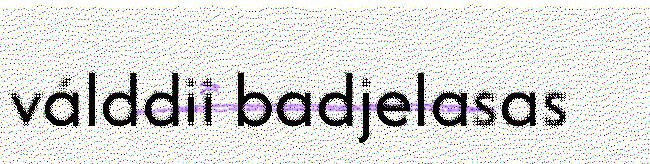
válddii badjelasas